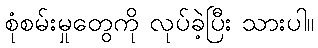
စုံစမ်းမှုတွေကို လုပ်ခဲ့ပြီး သားပါ။